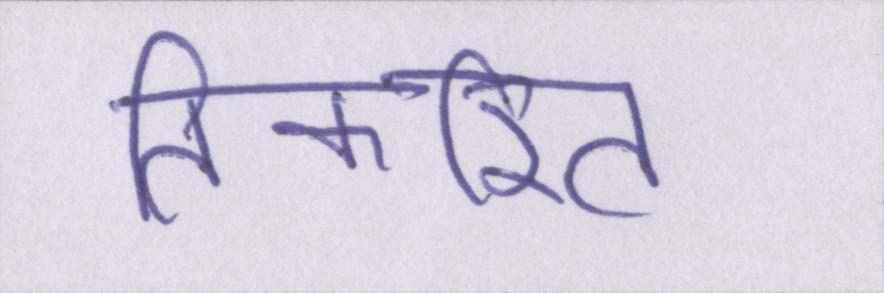
तिकरित